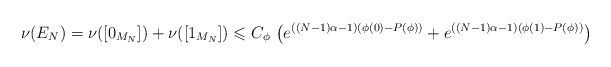
\begin{align*}\nu ( E _N ) = \nu ( [0 _{M _N} ]) + \nu ( [1 _{M _N}] ) \leqslant C _\phi \, \left( e ^{((N-1) \alpha - 1) (\phi (0)- P(\phi) )} + e ^{((N-1) \alpha - 1 )(\phi (1)- P(\phi) )} \right)\end{align*}